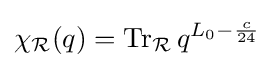
\chi _{\mathcal {R}}(q)=\operatorname {Tr} _{\mathcal {R}}q^{L_{0}-{\frac {c}{24}}}